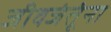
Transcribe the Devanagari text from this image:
जीवजंतूंना